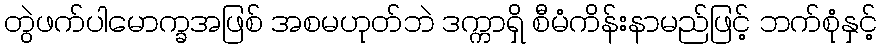
တွဲဖက်ပါမောက္ခအဖြစ် အစမဟုတ်ဘဲ ဒက္ကာရှိ စီမံကိန်းနာမည်ဖြင့် ဘက်စုံနှင့်